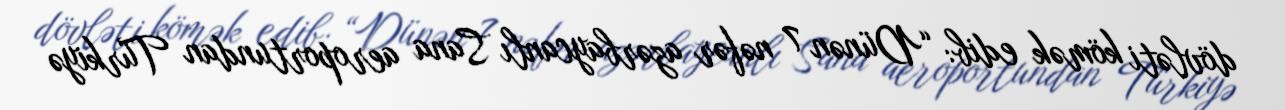
dövləti kömək edib: “Dünən 7 nəfər azərbaycanlı Sana aeroportundan Türkiyə